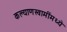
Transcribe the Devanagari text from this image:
कल्याणस्वामींमध्ये